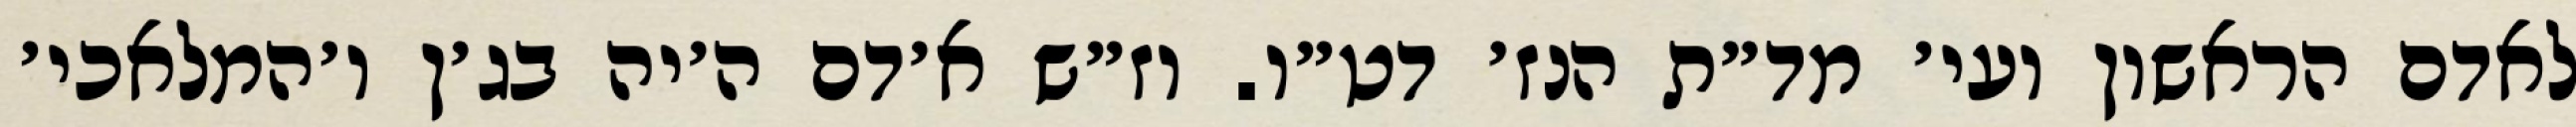
לאדם הראשון ועי׳ מד״ת הנז׳ דט״ו. וז״ש א׳דם ה׳יה בג׳ן ו׳המלאכי׳